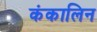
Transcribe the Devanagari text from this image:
कंकालिन